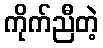
ကိုက်ညီတဲ့